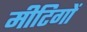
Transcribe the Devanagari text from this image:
मीटिगों